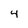
Character: 4